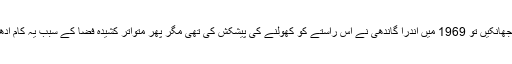
ماضی میں جھانکیں تو 1969 میں اندرا گاندھی نے اس راستے کو کھولنے کی پیشکش کی تھی مگر پھر متواتر کشیدہ فضا کے سبب یہ کام ادھورا رہ گیا ۔